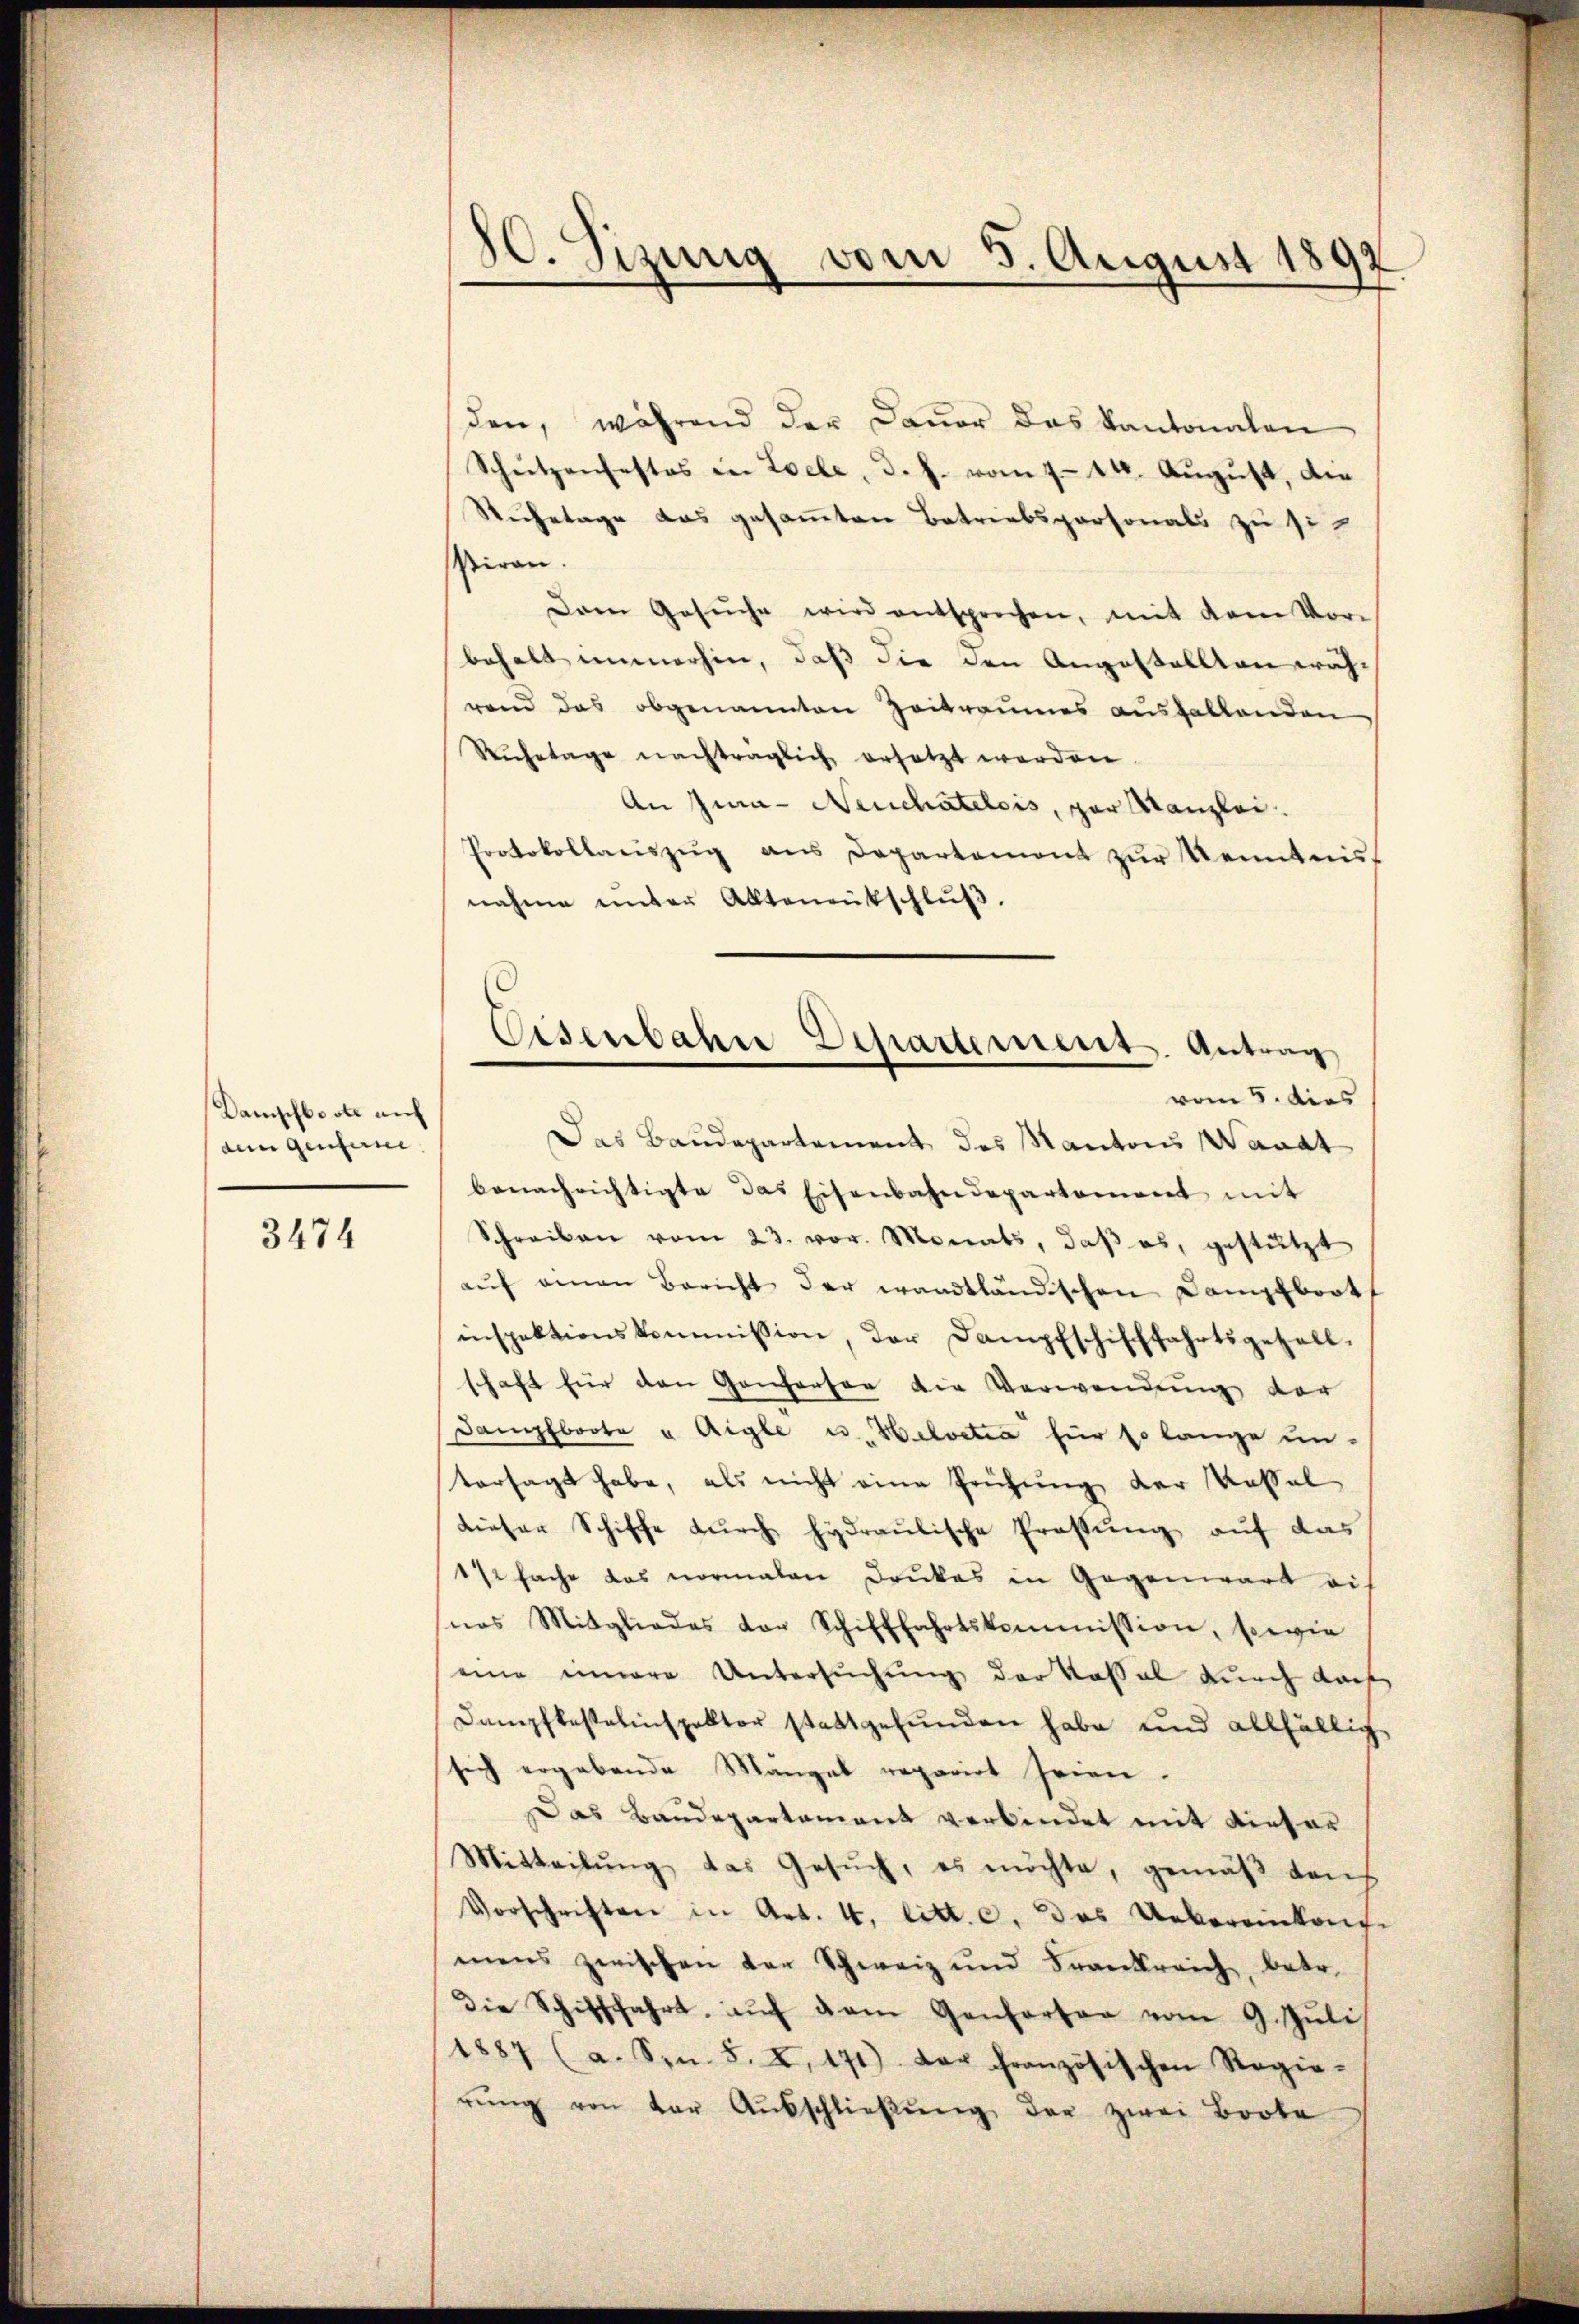
Dampfboote auf
dem Genferne

3474

80. Sizung vom 5. August 1892

den, während der Dauer das Kantonalen
Schŭtzenfestes in Loele, d. h. vom 7. 14. Aŭgŭst, die
Ruhetage das gesammten Betriebspersonals zu siiran
Drei Gesŭche wird entsprochen, mit dem Vor-
behalt immerhin, daß die den Angestellten wäh-
rend das obgenannten Zeitraumes aushaltenden
Rŭhetage nachträglich ersetzt werden.
An Jia- Neuchatelois, par Kanzlei.
Protokollanszŭg ans Departemont zŭr Kenntnis-
nahme unter Alltenentschlŭβ,
vom 5. dies
Das Baudepartement des Kanton Waadt
benachrichtigte das Eisenbahndepartement mit
Schreiben vom 23. vor. Monats, daβ es, gestützt
aŭf einen Bericht der wandtländischen Dampfboot
inspektionskommission, der Dampfschifffahrtsgefall.
schaft für den Gonharten die Verwendung der
Dampfboote u. Aigle u. Helvetia für so lange un-
vorsagt habe, als nicht eine Prüfung der Massel
dieser Schiffe durch hydraulische Pressung auf das
112fache das normalen Druckes in Gegenwart ei-
snas Mitgliedes vor Schifffahrtskommission, sowie
eine innere Untersuchung der Kassal durch dach
Dampfbestelinspektor stattgefunden habe und allfällig
sich ergebende Mangel reparirt seien.
Das Baudepartament verbindet mit dieser
Mitteilŭng das Gesŭch, es möchte, gemäβ den
Vorschriften in Art. 4. litt. c. Das Uebereinkonfe
mens zwischen der Schweiz und Frankreich, betr.
die Schifffahrt, aŭf dem Genferten vom 9. Jŭli
1887 (a. Sn. 8. X. 171) der französischen Regie-
rŭng von der Aŭsschlieβŭng der zwei Boote

Eisenbahre Departement. Antrag